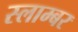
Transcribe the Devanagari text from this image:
स्लाम्बर